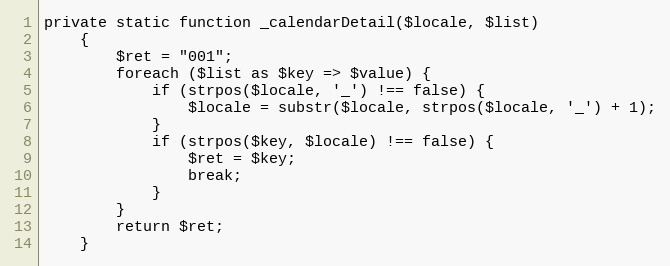
Language: PHP
private static function _calendarDetail($locale, $list)
    {
        $ret = "001";
        foreach ($list as $key => $value) {
            if (strpos($locale, '_') !== false) {
                $locale = substr($locale, strpos($locale, '_') + 1);
            }
            if (strpos($key, $locale) !== false) {
                $ret = $key;
                break;
            }
        }
        return $ret;
    }